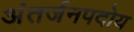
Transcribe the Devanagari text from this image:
अंतर्जनपदोय